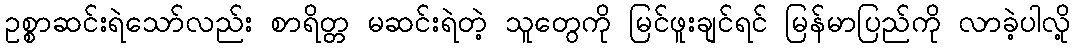
ဥစ္စာဆင်းရဲသော်လည်း စာရိတ္တ မဆင်းရဲတဲ့ သူတွေကို မြင်ဖူးချင်ရင် မြန်မာပြည်ကို လာခဲ့ပါလို့